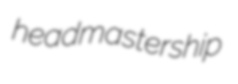
headmastership